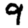
Digit: 9